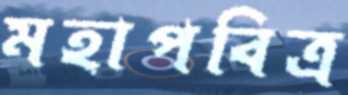
মহাপবিত্র